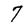
Character: 7